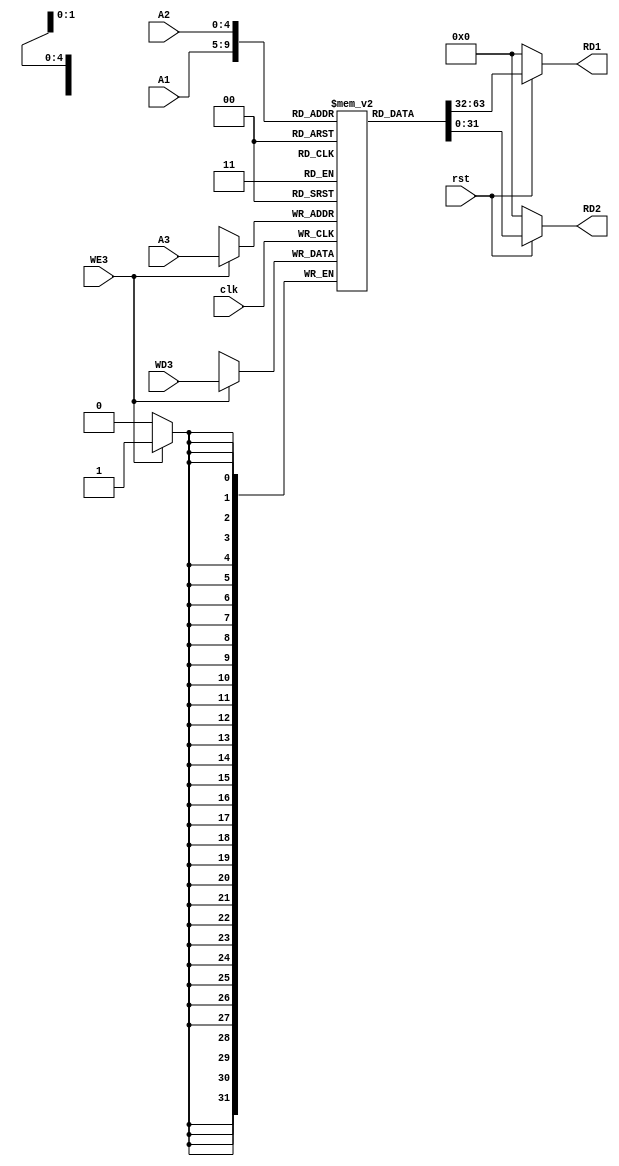
module Register_File(clk,rst,WE3,WD3,A1,A2,A3,RD1,RD2);

    input clk,rst,WE3;
    input [4:0]A1,A2,A3;
    input [31:0]WD3;
    output [31:0]RD1,RD2;

    reg [31:0] Register [31:0];

    always @ (posedge clk)
    begin
        if(WE3)
            Register[A3] <= WD3;
    end

    assign RD1 = (~rst) ? 32'd0 : Register[A1];
    assign RD2 = (~rst) ? 32'd0 : Register[A2];

    initial begin
        Register[9] = 32'h00000020;
        Register[6] = 32'h00000040;
        Register[11] = 32'h00000028;
        Register[12] = 32'h00000030;
    end

endmodule